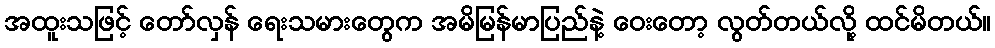
အထူးသဖြင့် တော်လှန် ရေးသမားတွေက အမိမြန်မာပြည်နဲ့ ဝေးတော့ လွတ်တယ်လို့ ထင်မိတယ်။